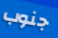
جنوب